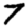
Digit: 7